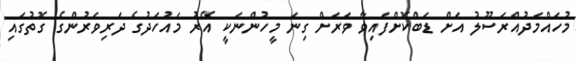
މުހައްމަދުއްރަސޫލު އަށް ޑަބްކޮށްފައިވާ ވަރަށް ގިނަ މީހުންނަކީ އޭރު މައުހަދުގެ ދަރިވަރުންގެ ގޮތުގައި